Civil Veterinary Dept. North-West Frontier Province 1923-32 - 1923-1932
Year: 1923
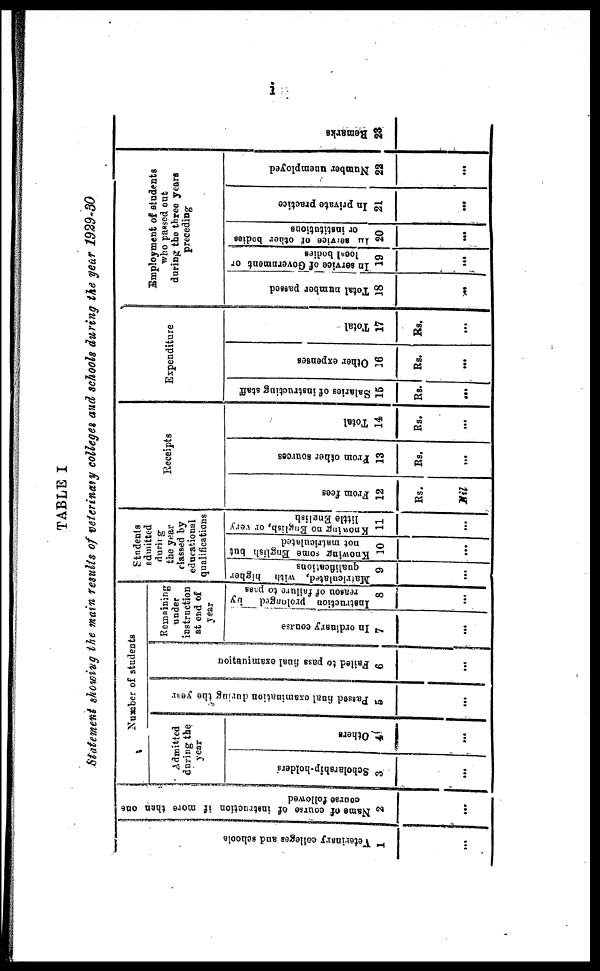
i
TABLE I
Statement showing the main results of veterinary colleges and schools during the year 1929-30
Veterinary colleges and schools
1
…
Name of course of instruction if more then one
course followed
2
…
Number of students
Admitted
during the
year
Scholarship-holders
3
…
Others
4
…
Passed final examination during the year
5
...
Fai l
ed to pass final e xa mina tion
6
...
Remaining
under
instruction
at end of
year
In ordinary course.
7
...
Instruction prolonged
by
reason of failure to pass
8
...
Students
admitted
during
the year
classed by
educational
qualifications
Matriculated, with higher
qualifications
9
...
Knowing some English but
not matriculated
10
…
Knowing
no English, or very
little English
11
…
Receipts
From fees
12
Rs.
Nil
From
other sources
13
Rs.
...
Total
14
Rs.
...
Expenditure
Salaries of instructing staff
15
Rs.
...
Other expenses
16
Rs.
…
Total
17
Rs.
…
Employment of students
who passed out
during the three years
preceding
Total number passed
18
...
In service of Government or
local bodies
19
...
In
service
of other bodies
or institutions
20
...
In private practice
21
...
Number unemployed
22
...
Re ma r
ks
23